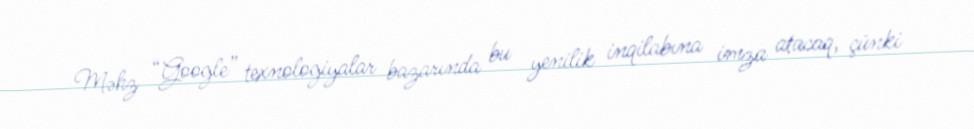
Məhz “Google” texnologiyalar bazarında bu yenilik inqilabına imza atacaq, çünki